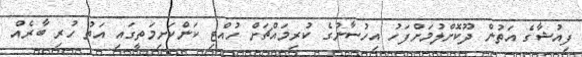
ފިއުޝާގެ އަތުން ދޫކޮށްލުމަށްފަހު އިހުސާނުގެ ކުރިމައްޗަށް ހުއްޓި ކަންކަށިމަތީގައި އަތު ހުރި ބާރެއް